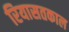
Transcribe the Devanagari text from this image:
रियासतकाल